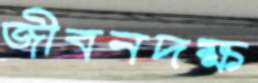
জীবনদক্ষ